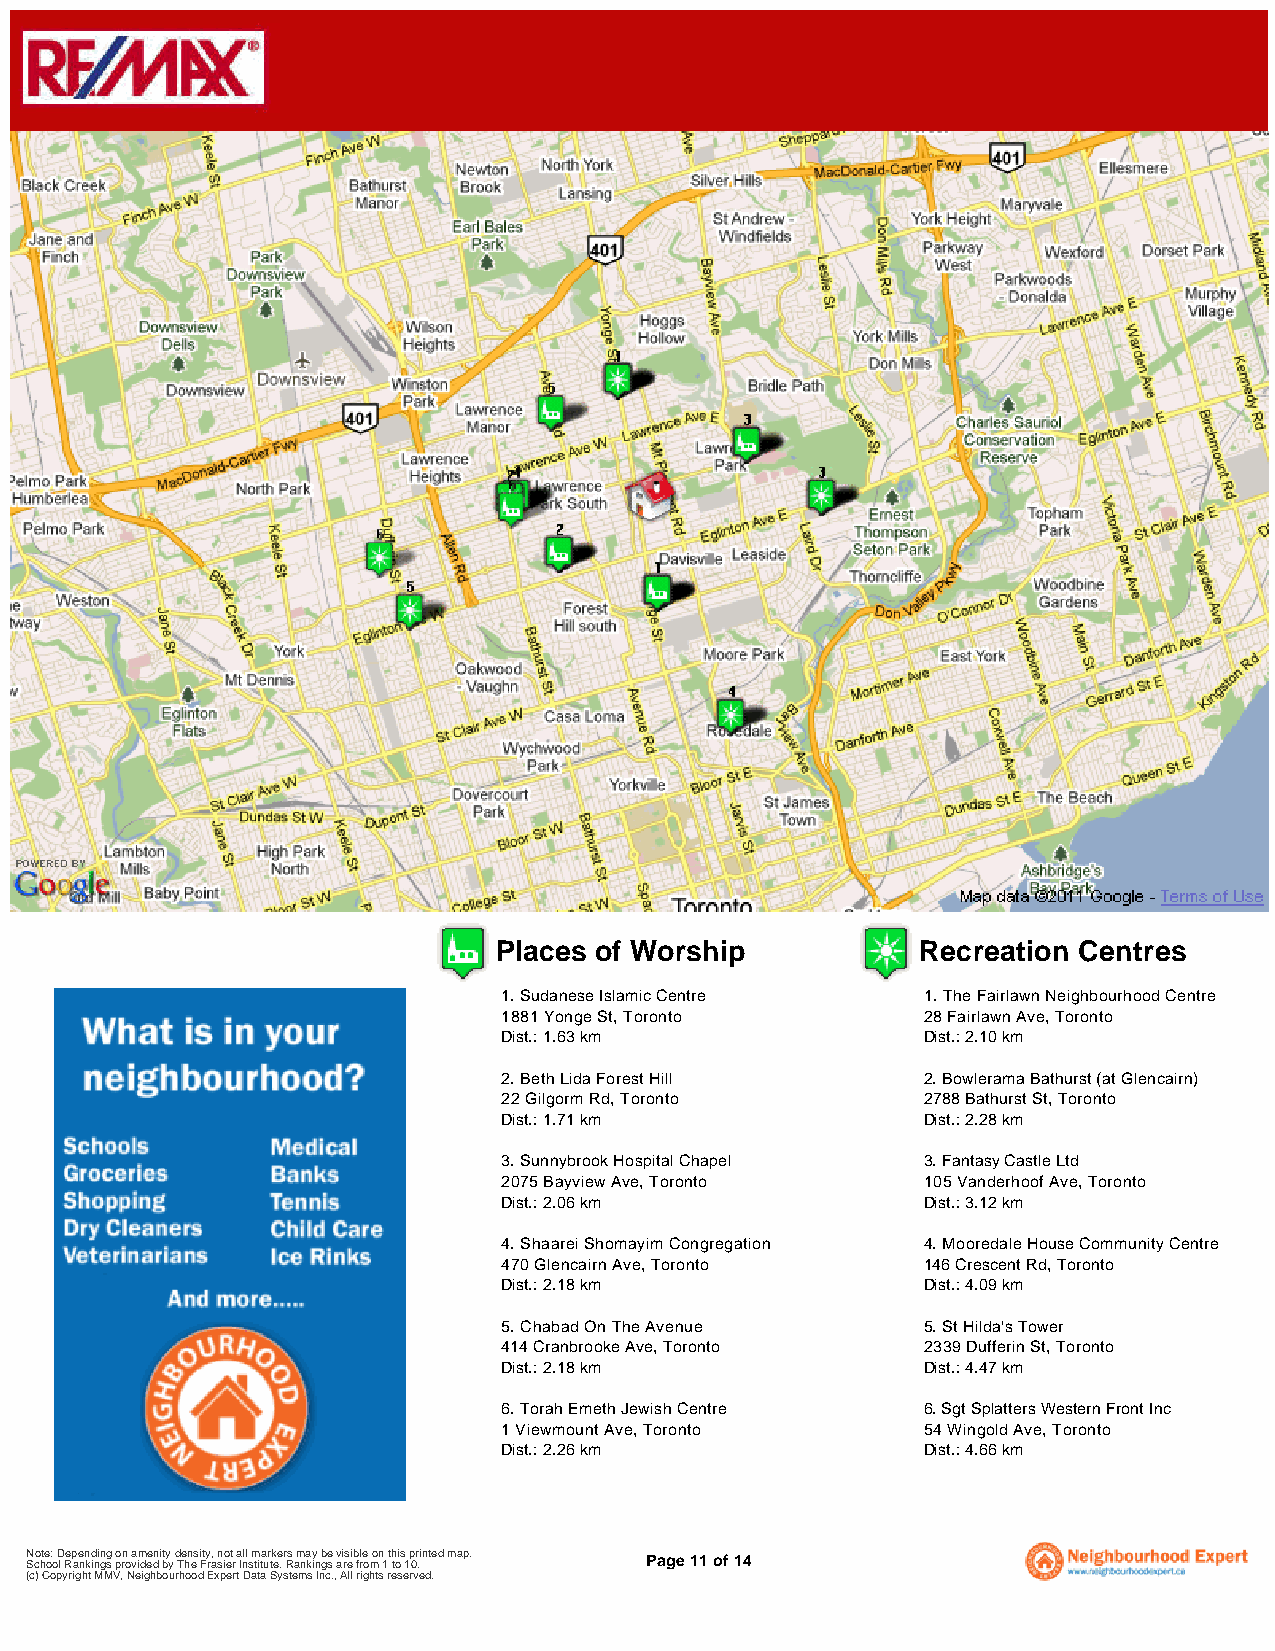
Places of Worship           Recreation Centres
 1. Sudanese Islamic Centre  1. The Fairlawn Neighbourhood Centre
 1881 Yonge St, Toronto      28 Fairlawn Ave, Toronto
 Dist.: 1.63 km              Dist.: 2.10 km
 2. Beth Lida Forest Hill    2. Bowlerama Bathurst (at Glencairn)
 22 Gilgorm Rd, Toronto      2788 Bathurst St, Toronto
 Dist.: 1.71 km              Dist.: 2.28 km
 3. Sunnybrook Hospital Chapel 3. Fantasy Castle Ltd
 2075 Bayview Ave, Toronto   105 Vanderhoof Ave, Toronto
 Dist.: 2.06 km              Dist.: 3.12 km
 4. Shaarei Shomayim Congregation 4. Mooredale House Community Centre
 470 Glencairn Ave, Toronto  146 Crescent Rd, Toronto
 Dist.: 2.18 km              Dist.: 4.09 km
 5. Chabad On The Avenue     5. St Hilda's Tower
 414 Cranbrooke Ave, Toronto 2339 Dufferin St, Toronto
 Dist.: 2.18 km              Dist.: 4.47 km
 6. Torah Emeth Jewish Centre 6. Sgt Splatters Western Front Inc
 1 Viewmount Ave, Toronto    54 Wingold Ave, Toronto
 Dist.: 2.26 km              Dist.: 4.66 km
 N Sco hte o: o D l Rep ae nn kd inin gg s po rn o a vim dee dn i bty y d Te hn es i Fty ra, sn io et r a Inll sm tita ur tk ee . r Rs am na ky in b ge s avi rs ei b frle o mon 1 t h tois 1 p 0r .i nted map. Page 11 of 14
 (c) Copyright MMV, Neighbourhood Expert Data Systems Inc., All rights reserved.